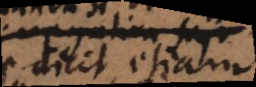
dicit etiam